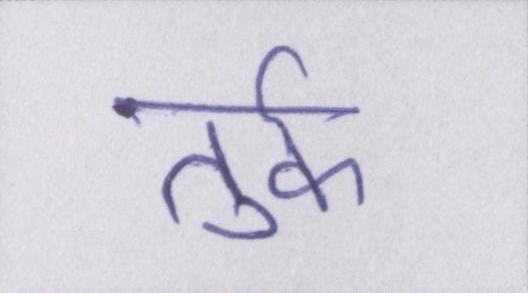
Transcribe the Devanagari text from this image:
तुर्क